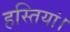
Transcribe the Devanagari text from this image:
हस्तियां।